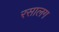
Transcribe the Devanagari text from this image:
रसालग